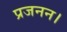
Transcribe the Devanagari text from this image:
प्रजनन।